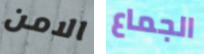
الامن الجماع